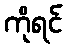
ကိုရင်